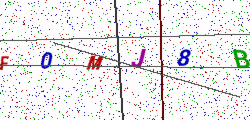
Text: F0MJ8B